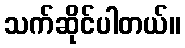
သက်ဆိုင်ပါတယ်။